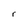
Character: r